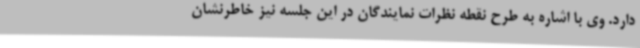
دارد. وی با اشاره به طرح نقطه نظرات نمایندگان در این جلسه نیز خاطرنشان